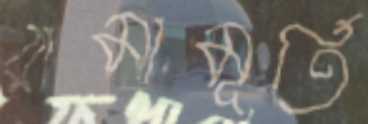
রামামূর্তি